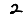
Digit: 2